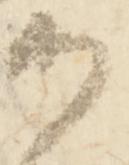
候